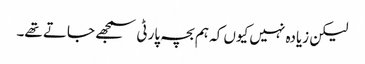
لیکن زیادہ نہیں کیوں کہ ہم بچہ پارٹی سمجھے جاتے تھے۔